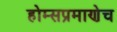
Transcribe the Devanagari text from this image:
होम्सप्रमाणेच